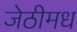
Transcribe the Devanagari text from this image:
जेठीमध